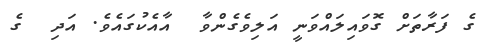
ގެ ފަރާތަށް ގޮވައިލައްވަނީ އަލިވެގެންވާ  އާއެކުގައެވެ. އަދި  ގެ